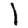
Digit: 1